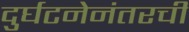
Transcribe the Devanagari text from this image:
दुर्घटनेनंतरची